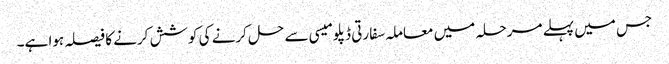
جس میں پہلے مرحلہ میں معاملہ سفارتی ڈپلومیسی سے حل کرنے کی کوشش کرنے کا فیصلہ ہوا ہے۔